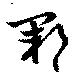
鄆